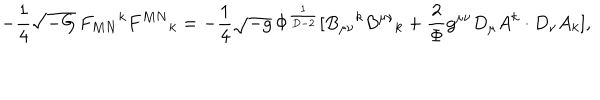
LaTeX: - \frac { 1 } { 4 } \sqrt { - G } \, F _ { M N } { } ^ { k } F ^ { M N } { } _ { k } = - \frac { 1 } { 4 } \sqrt { - g } \, \Phi ^ { \frac { 1 } { D - 2 } } [ B _ { \mu \nu } { } ^ { k } B ^ { \mu \nu } { } _ { k } + \frac { 2 } { \Phi } g ^ { \mu \nu } D _ { \mu } A ^ { k } \cdot D _ { \nu } A _ { k } ] ,